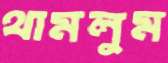
থামলুম